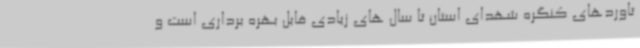
تاوردهای کنگره شهدای استان تا سال های زیادی قابل بهره برداری است و